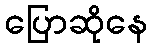
ပြောဆိုနေ